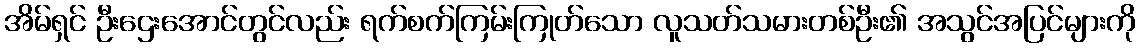
အိမ်ရှင် ဦးဌေးအောင်တွင်လည်း ရက်စက်ကြမ်းကြုတ်သော လူသတ်သမားတစ်ဦး၏ အသွင်အပြင်များကို